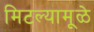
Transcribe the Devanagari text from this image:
मिटल्यामूळे